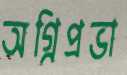
অগ্নিপ্রভা